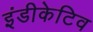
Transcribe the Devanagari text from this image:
इंडीकेटिव